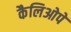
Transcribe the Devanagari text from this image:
कैलिओपे